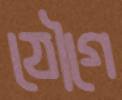
যৌগে